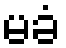
မခံ